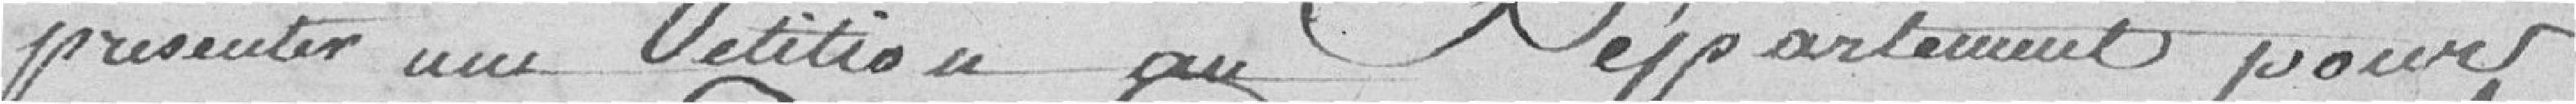
présenter une pétition au Département pour